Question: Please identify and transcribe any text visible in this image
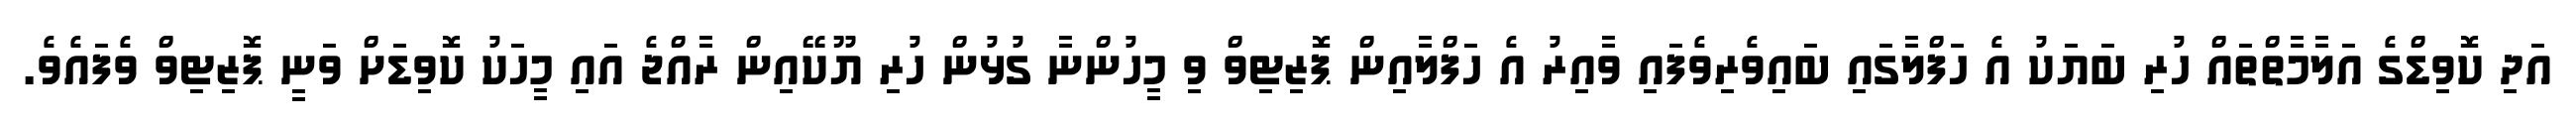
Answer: އަދި ކޮވިޑްގެ އަލާމާތްތައް ހުރި ބަޔަކު އެ ހަފްލާގައި ބައިވެރިވެފައި ވާއިރު އެ ހަފްލާއިން ޕޮޒިޓިވް ވި މީހުންނާ ގުޅުން ހުރި ޔޫކޭއިން ރާއްޖެ އައި މީހަކު ކޮވިޑަށް ވަނީ ޕޮޒިޓިވް ވެފައެވެ.